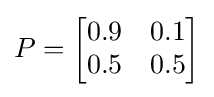
P={\begin{bmatrix}0.9&0.1\\0.5&0.5\end{bmatrix}}